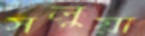
সলুয়া